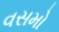
વસમો